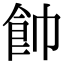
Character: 𩚍